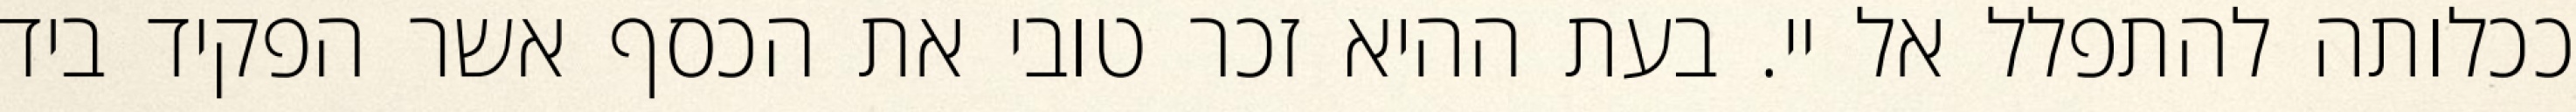
ככלותה להתפלל אל יי. בעת ההיא זכר טובי את הכסף אשר הפקיד ביד